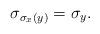
LaTeX: \begin{align*}\sigma_{\sigma_x(y)}=\sigma_y.\end{align*}